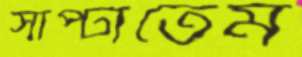
সাপ্‌টাতেম